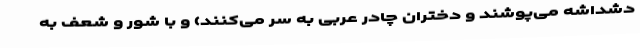
دشداشه می‌پوشند و دختران چادر عربی به سر می‌کنند) و با شور و شعف به